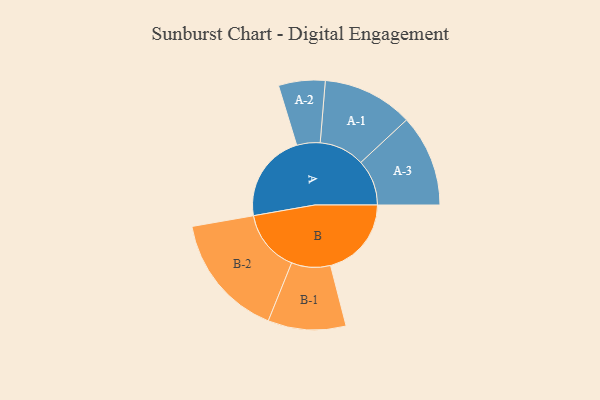
{"axis": {"x": "Segment", "y": "Value"}, "legend": ["", "A", "B"], "data": [{"x": "A", "y": 419, "type": ""}, {"x": "B", "y": 382, "type": ""}, {"x": "A-1", "y": 214, "type": "A"}, {"x": "A-2", "y": 110, "type": "A"}, {"x": "A-3", "y": 217, "type": "A"}, {"x": "B-1", "y": 184, "type": "B"}, {"x": "B-2", "y": 294, "type": "B"}]}